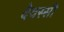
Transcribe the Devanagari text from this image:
देवस्सी